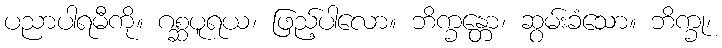
ပညာပါရမီကို။ ဂစ္ဆပူရယ၊ ဖြည့်ပါလော။ ဘိက္ခန္တော၊ ဆွမ်းခံသော။ ဘိက္ခု၊